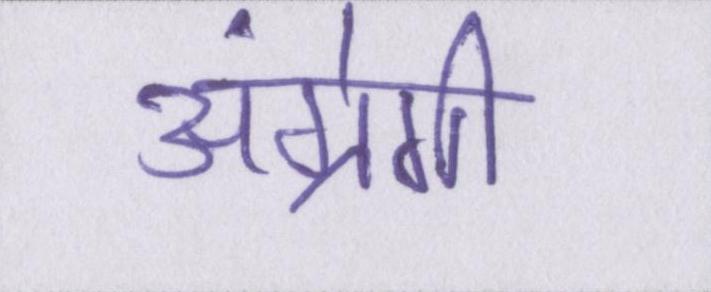
अंग्रेगी